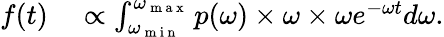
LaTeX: \begin{array}{rl}{f(t)}&{{}\propto\int_{\omega_{\mathrm{~m~i~n~}}}^{\omega_{\mathrm{~m~a~x~}}}p(\omega)\times\omega\times\omega e^{-\omega t}d\omega.}\end{array}